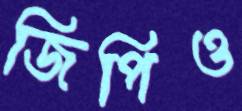
জিপিও